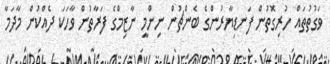
ވަގުތުތައް ހުރިގޮތުން ފަނޑިޔާރުންގެ ބެންޗުން ނިންމީ ނާޒިމްގެ ފަރާތުން ވާހަކަ ދެއްކުން މާދަމާ